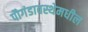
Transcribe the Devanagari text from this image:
पौगंडावस्थेमधील